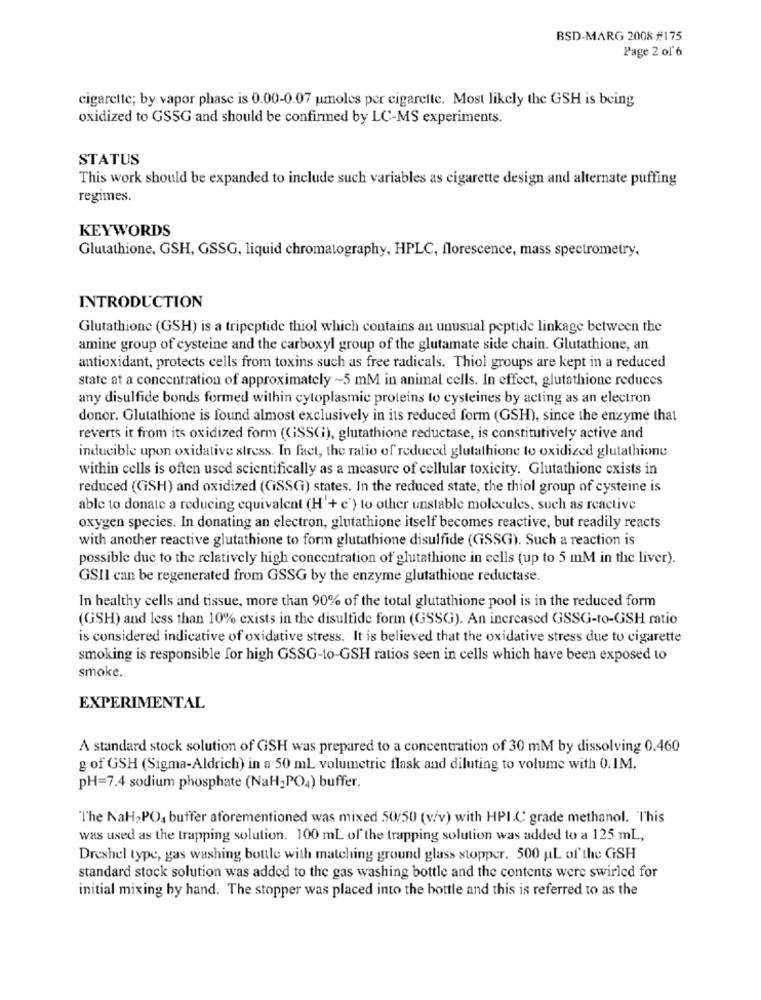
BSD-MARG 2008 #175
Page 2 of' 6
cigarette; by vapor phase is 0.00-0.07 umoles per cigarette. Most likely the GSH is being
oxidized to GSSG and should be confirmed by LC-MS experiments.
STATUS
This work should be expanded to include such variables as cigarette design and alternate puffing
regimes.
KEYWORDS
Glutathione, GSH, GSSG, liquid chromatography, HPLC, florescence, mass spectrometry,
INTRODUCTION
Glutathione (GSH) is a tripeptide thiol which contains an unusual peptide linkage between the
amine group of cysteine and the carboxyl group of the glutamate side chain. Glutathione, an
antioxidant, protects cells from toxins such as free radicals. Thiol groups are kept in a reduced
state at a concentration of approximately ~5 mM in animal cells. In effect, glutathione reduces
any disulfide bonds formed within cytoplasmic proteins to cysteines by acting as an electron
donor. Glutathione is found almost exclusively in its reduced form (GSH), since the enzyme that
reverts it from its oxidized form (GSSCi), glutathione reductase, is constitutively active and
inducible upon oxidative stress. In fact, the ratio of reduced glutathione to oxidized glutathione
within cells is often used scientifically as a measure of cellular toxicity. Glutathione cxists in
reduced (GSH) and oxidized (GSSG) states. In the reduced state, the thiol group of cysteine is
able to donate a reducing equivalent (H'+ c ) to other unstable molecules, such as reactive
oxygen species. In donating an electron, glutathione itself becomes reactive, but readily reacts
with another reactive glutathione to form glutathione disulfide (GSSG). Such a reaction is
possible due to the relatively high concentration of glutathione in cells (up to 5 mM in the liver).
GSII can be regenerated from GSSG by the enzyme glutathione reductase.
In healthy cells and tissue, more than 90% of the total glutathione pool is in the reduced form
(GSH) and less than 10% exists in the disultide form (GSSG). An increased GSSG-to-GSH ratio
is considered indicative of oxidative stress. It is believed that the oxidative stress due to cigarette
smoking is responsible for high GSSG-to-GSH ratios seen in cells which have been exposed to
smoke.
EXPERIMENTAL
A standard stock solution of GSH was prepared to a concentration of 30 mM by dissolving 0.460
g of GSH (Sigma-Aldrich) in a 50 mL volumetric flask and diluting to volume with 0.IM.
pH=7.4 sodium phosphate (NaH_PO4) buffer.
The NaH,PO, buffer aforementioned was mixed 50/50 (v/v) with HPIC grade methanol. This
was used as the trapping solution. 100 mL of the trapping solution was added to a 125 mL,
Dreshel type, gas washing bottle with matching ground glass stopper. 500 ML of the GSH
standard stock solution was added to the gas washing bottle and the contents were swirled for
initial mixing by hand. The stopper was placed into the bottle and this is referred to as the